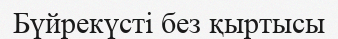
Бүйрекүсті без қыртысы